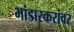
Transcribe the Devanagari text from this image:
भांडारकरांवर